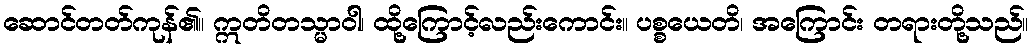
ဆောင်တတ်ကုန်၏။ ဣတိတသ္မာဝါ၊ ထို့ကြောင့်လည်းကောင်း။ ပစ္စယေတိ၊ အကြောင်း တရားတို့သည်။